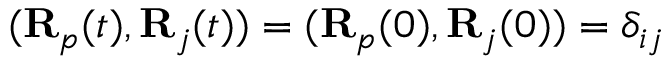
( { \bf R } _ { p } ( t ) , { \bf R } _ { j } ( t ) ) = ( { \bf R } _ { p } ( 0 ) , { \bf R } _ { j } ( 0 ) ) = \delta _ { i j }